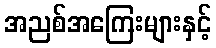
အညစ်အကြေးများနှင့်